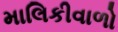
માલિકીવાળો